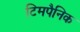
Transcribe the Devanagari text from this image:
टिमपैनिक